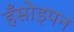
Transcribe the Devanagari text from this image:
हँसोड़पन